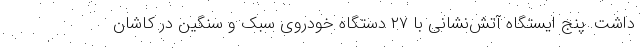
داشت. پنج ایستگاه آتش‌نشانی با ۲۷ دستگاه خودروی سبک و سنگین در کاشان